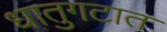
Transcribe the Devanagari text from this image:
धातुगटात